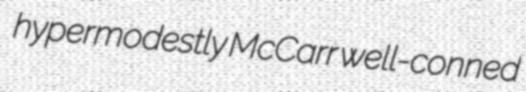
hypermodestly McCarr well-conned